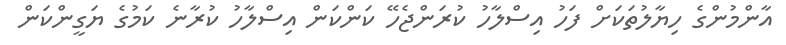
އާންމުންގެ ހިޔާލުތަކަށް ފަހު އިސްލާހު ކުރަންޖެހޭ ކަންކަން އިސްލާހު ކުރާނެ ކަމުގެ ޔަގީންކަން